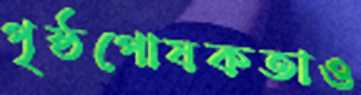
পৃষ্ঠপোষকতাও